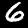
Digit: 6